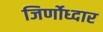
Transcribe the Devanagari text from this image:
जिर्णोध्दार